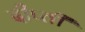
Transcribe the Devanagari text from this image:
दीप्‍ती